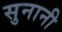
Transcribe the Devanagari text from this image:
सुनानी